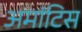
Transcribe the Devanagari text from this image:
अमांटिस